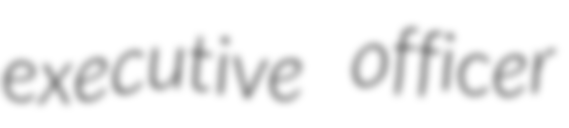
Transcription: executive officer